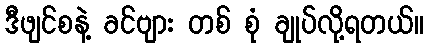
ဒီဖျင်စနဲ့ ခင်ဗျား တစ် စုံ ချုပ်လို့ရတယ်။